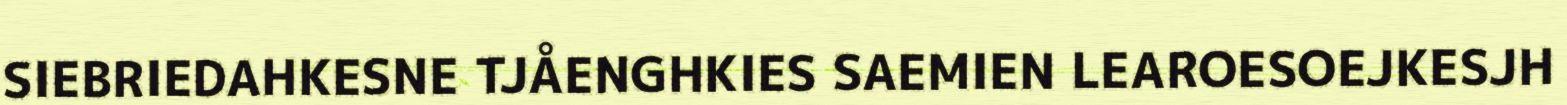
SIEBRIEDAHKESNE TJÅENGHKIES SAEMIEN LEAROESOEJKESJH